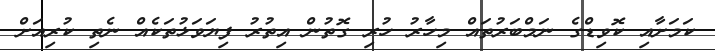
ކަމަށާއި ކޮވިޑްގެ ނަމްބަރުތައް މިހާރު ހުރި ގޮތުން އިތުރު ފިޔަވަޅުތަކެއް ނެތި ކުރިއަށް